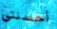
أحسنتي